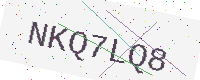
Text: NKQ7LQ8